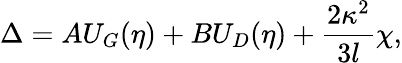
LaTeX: \Delta=AU_{G}(\eta)+BU_{D}(\eta)+\frac{2\kappa^{2}}{3l}\chi,